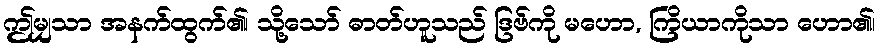
ဤမျှသာ အနက်ထွက်၏၊ သို့သော် ဓာတ်ဟူသည် ဒြဗ်ကို မဟော, ကြိယာကိုသာ ဟော၏၊